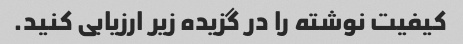
کیفیت نوشته را در گزیده زیر ارزیابی کنید.